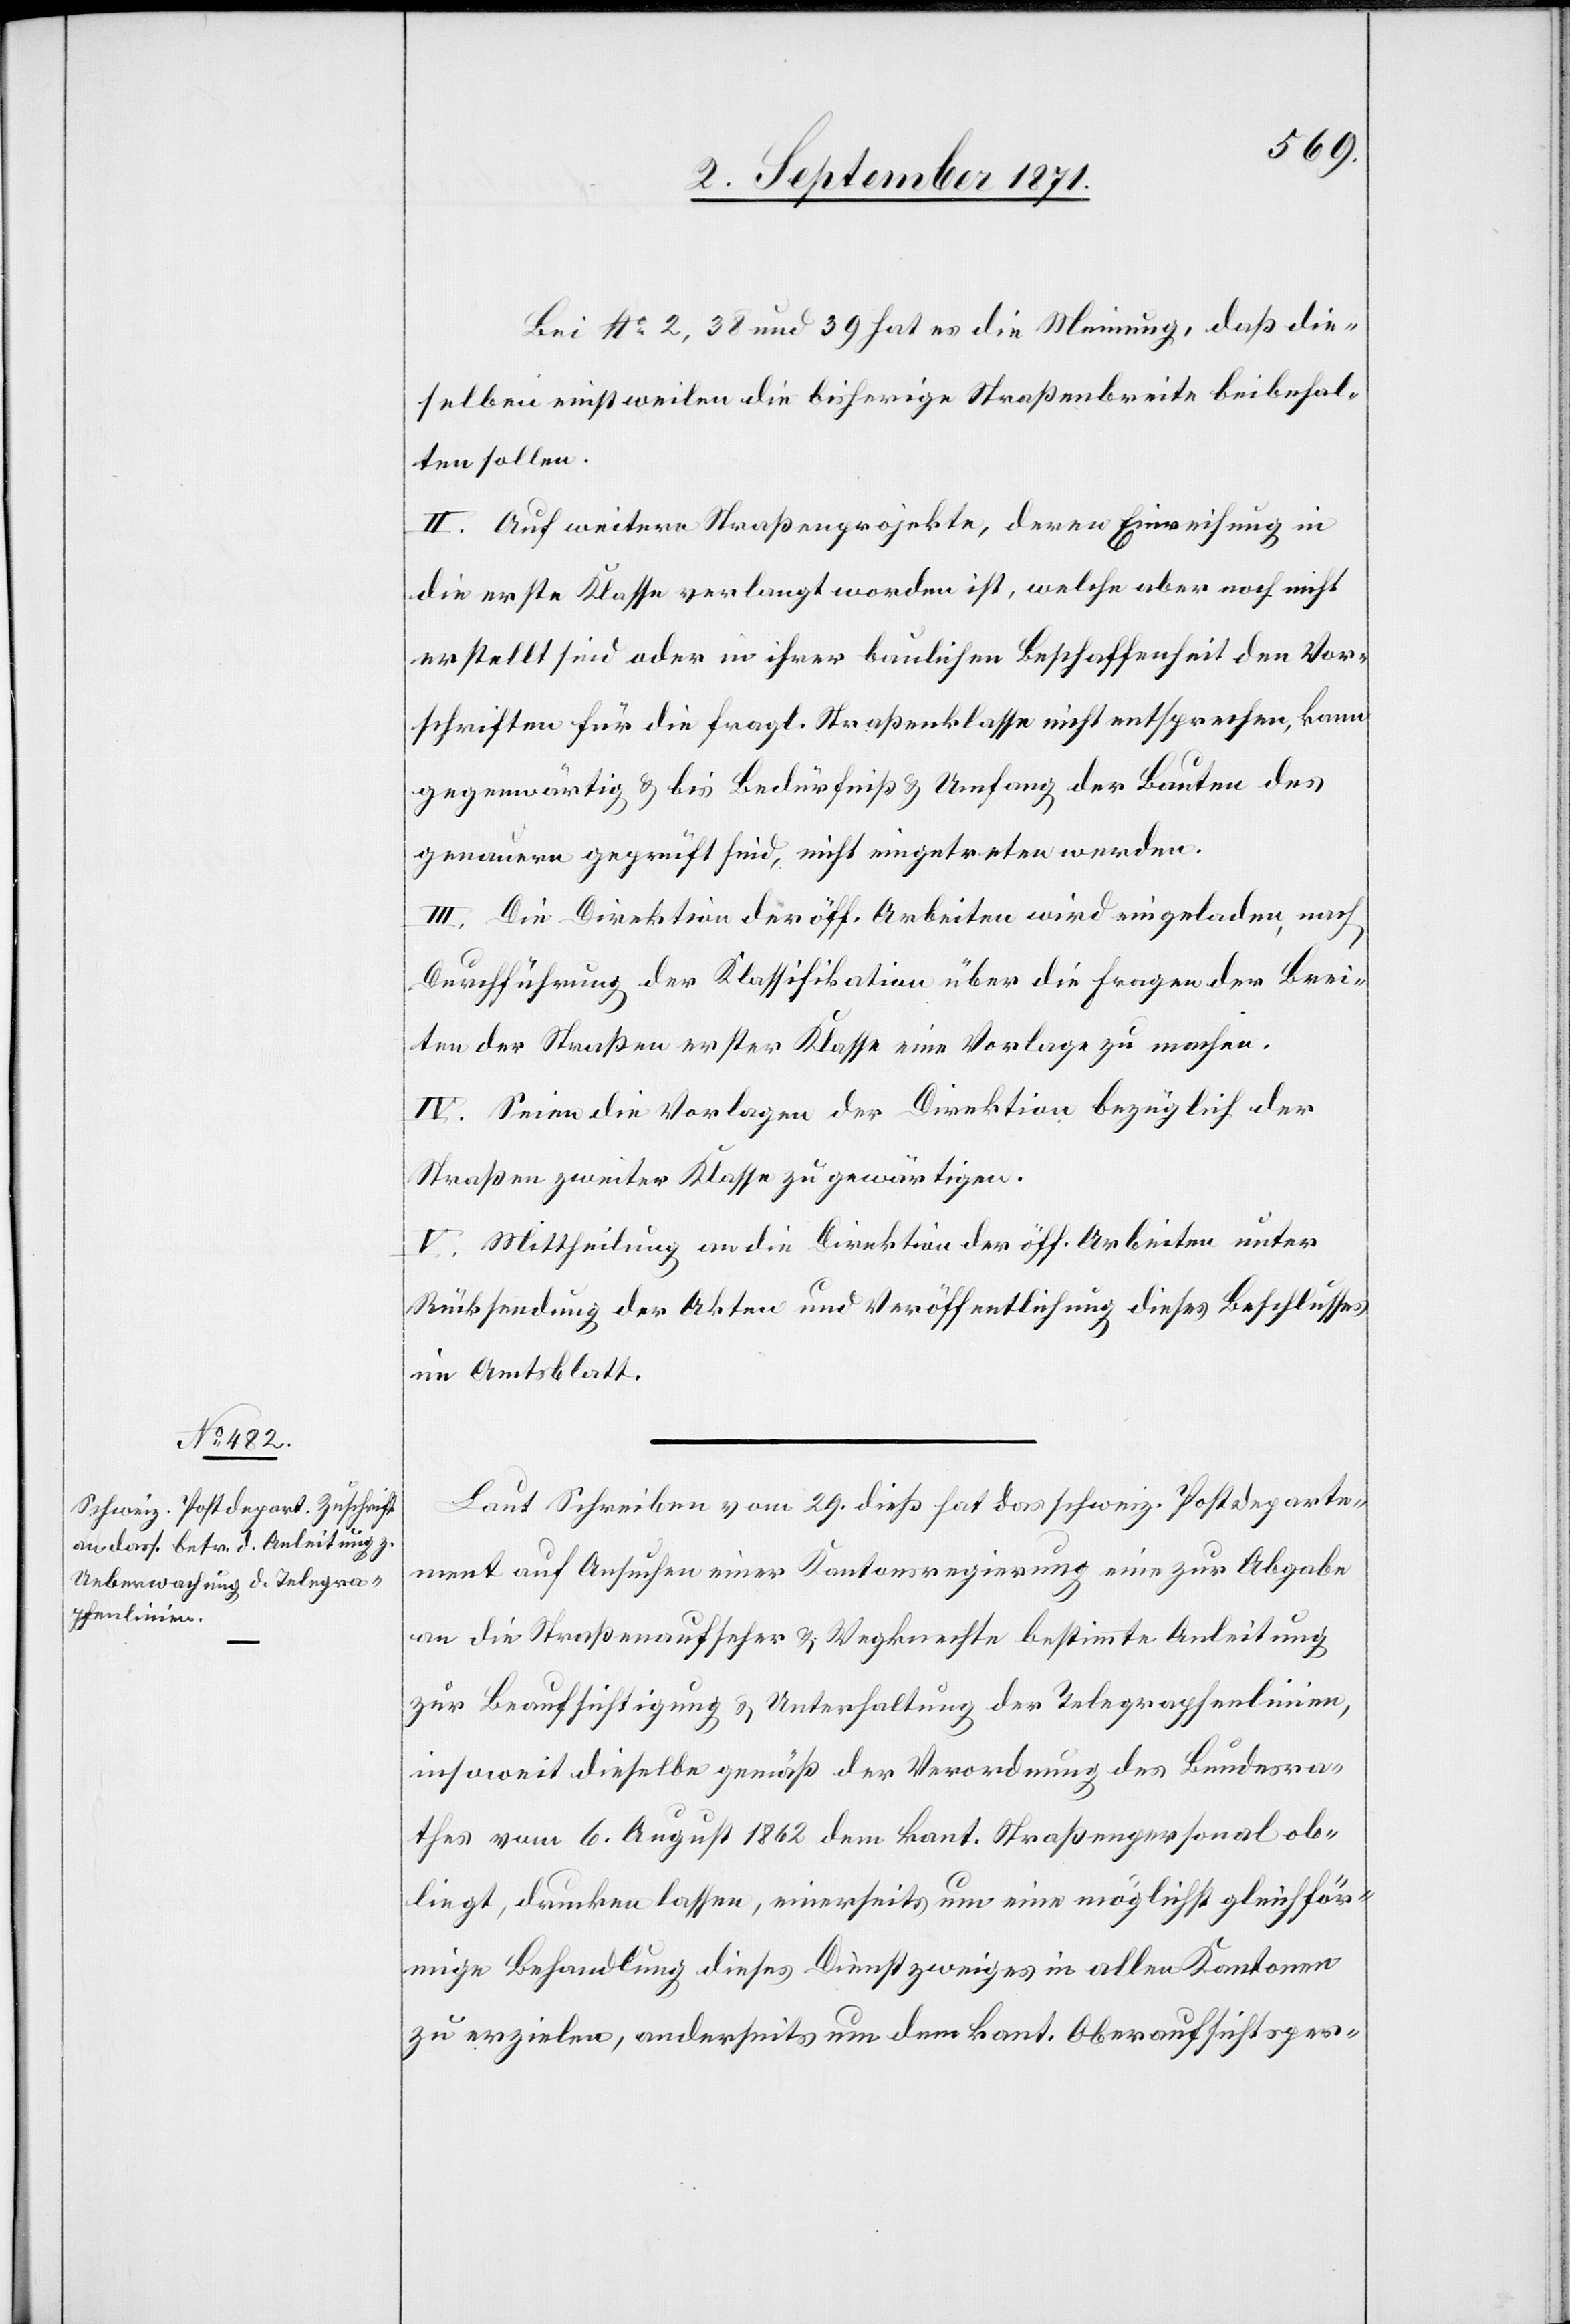
Bei No 2, 38 und 39 hat es die Meinung, daß die¬
selben einstweilen die bisherige Straßenbreite beibehal¬
ten sollen.
II. Auf weitere Straßenprojekte, deren Einreihung in
die erste Klasse verlangt worden ist, welche aber noch nicht
erstellt sind oder in ihrer baulichen Beschaffenheit den Vor¬
schriften für die fragl. Straßenklasse nicht entsprechen, kann
gegenwärtig & bis Bedürfniß & Umfang der Baute des
genauern geprüft sind, nicht eingetreten werden.
III. Die Direktion der öff. Arbeiten wird eingeladen, nach
Durchführung der Klassifikation über die Fragen der Brei¬
ten der Straßen erster Klasse eine Vorlage zu machen.
IV. Seien die Vorlagen der Direktion bezüglich der
Straßen zweiter Klasse zu gewärtigen.
V. Mittheilung an die Direktion der öff. Arbeiten unter
Rücksendung der Akten und Veröffentlichung dieses Beschlusses
im Amtsblatt.
Laut Schreiben vom 29. dieß hat das schweiz. Postdeparte¬
ment auf Ansuchen einer Kantonsregierung eine zur Abgabe
an die Straßenaufseher & Wegknechte bestimmte Anleitung
zur Beaufsichtigung & Unterhaltung der Telegraphenlinien,
insoweit dieselbe gemäß der Verordnung des Bundesra¬
thes vom 6. August 1862 dem kant. Straßenpersonal ob¬
liegt, drucken lassen, einerseits um eine möglichst gleichför¬
mige Behandlung dieses Dienstzweiges in allen Kantonen
zu erzielen, andererseits um dem kant. Oberaufsichtsper-